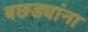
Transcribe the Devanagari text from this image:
बछड्यांना